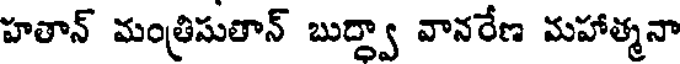
హతాన్ మంత్రిసుతాన్ బుద్ద్వా వానరేణ మహాత్మనా